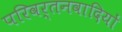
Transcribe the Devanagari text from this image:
परिवर्तनवादियों